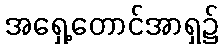
အရှေ့တောင်အာရှ၌